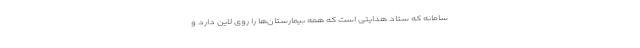
سامانه که ستاد هدایتی است که همه بیمارستان‌ها را روی لاین دارد و